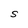
Character: S